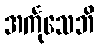
အင်္ကုသေဘိ